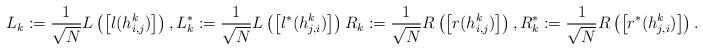
LaTeX: \begin{align*}L_k := \frac{1}{\sqrt{N}}L\left( \left[ l(h^k_{i,j})\right] \right), L^*_k := \frac{1}{\sqrt{N}} L\left( \left[ l^* (h^k_{j,i})\right] \right) R_k := \frac{1}{\sqrt{N}} R\left( \left[r(h^k_{i,j})\right] \right), R^*_k := \frac{1}{\sqrt{N}} R\left( \left[ r^*(h^k_{j,i})\right] \right).\end{align*}